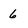
Character: 6